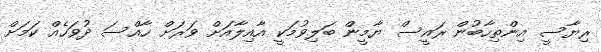
ރިޔާސީ އިންތިހާބުން ރައީސް ޔާމީން ބަލިވުމަކީ އާއިލާއަށް ވަރަށް ހާއްސަ ދުވަހެއް ކަމަށް